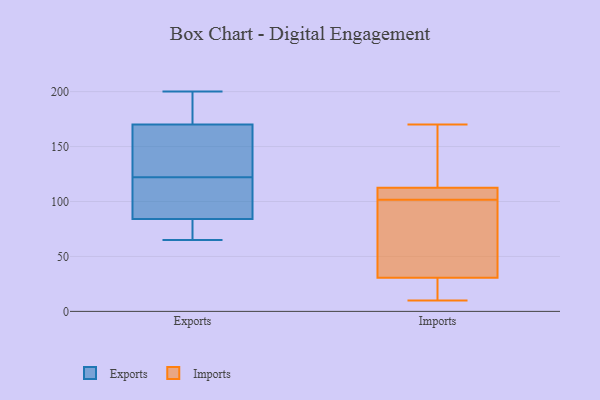
{"axis": {"x": "Humidity (%)", "y": "Value"}, "legend": ["Exports", "Imports"], "data": [{"x": "", "y": 170, "type": "Exports"}, {"x": "", "y": 81, "type": "Exports"}, {"x": "", "y": 200, "type": "Exports"}, {"x": "", "y": 65, "type": "Exports"}, {"x": "", "y": 185, "type": "Exports"}, {"x": "", "y": 84, "type": "Exports"}, {"x": "", "y": 93, "type": "Exports"}, {"x": "", "y": 136, "type": "Exports"}, {"x": "", "y": 108, "type": "Exports"}, {"x": "", "y": 144, "type": "Exports"}, {"x": "", "y": 107, "type": "Imports"}, {"x": "", "y": 41, "type": "Imports"}, {"x": "", "y": 10, "type": "Imports"}, {"x": "", "y": 107, "type": "Imports"}, {"x": "", "y": 73, "type": "Imports"}, {"x": "", "y": 10, "type": "Imports"}, {"x": "", "y": 153, "type": "Imports"}, {"x": "", "y": 20, "type": "Imports"}, {"x": "", "y": 103, "type": "Imports"}, {"x": "", "y": 118, "type": "Imports"}, {"x": "", "y": 100, "type": "Imports"}, {"x": "", "y": 170, "type": "Imports"}]}